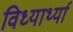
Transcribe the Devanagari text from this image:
विध्यार्थ्या